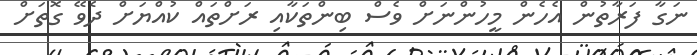
ނަގާ ފަރާތުން އެހެން މީހުންނަށް ވެސް ބިންތަކާއި ރަށްތައް ކުއްޔަށް ދެވޭ ގޮތަށް